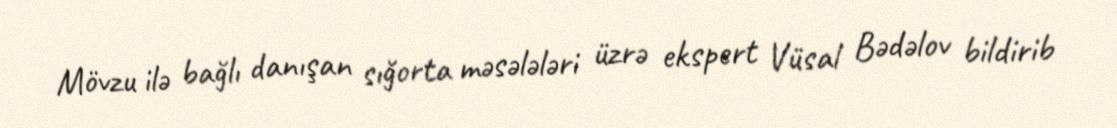
Mövzu ilə bağlı danışan sığorta məsələləri üzrə ekspert Vüsal Bədəlov bildirib